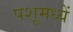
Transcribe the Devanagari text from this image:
पशूमध्यें